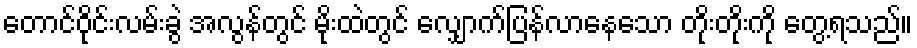
တောင်ဝိုင်းလမ်းခွဲ အလွန်တွင် မိုးထဲတွင် လျှောက်ပြန်လာနေသော တိုးတိုးကို တွေ့ရသည်။